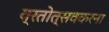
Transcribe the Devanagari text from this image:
व्रतोत्सवकरना